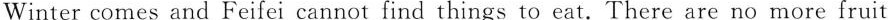
Winter comes and Feifei cannot find things to eat.There are no more fruit